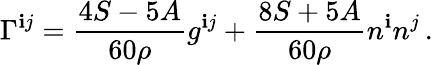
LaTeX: \Gamma^{\mathbf{i}j}=\frac{{4S-5A}}{{60\rho}}g^{\mathbf{i}j}+\frac{{8S+5A}}{{60\rho}}n^{\mathbf{i}}n^{j}\, .